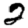
Digit: 2